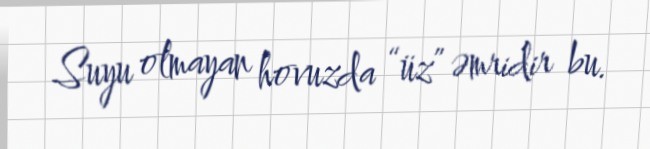
Suyu olmayan hovuzda “üz” əmridir bu.